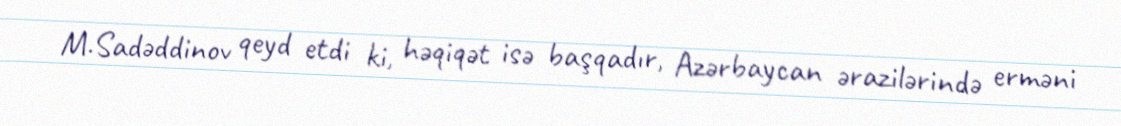
M.Sadəddinov qeyd etdi ki, həqiqət isə başqadır, Azərbaycan ərazilərində erməni